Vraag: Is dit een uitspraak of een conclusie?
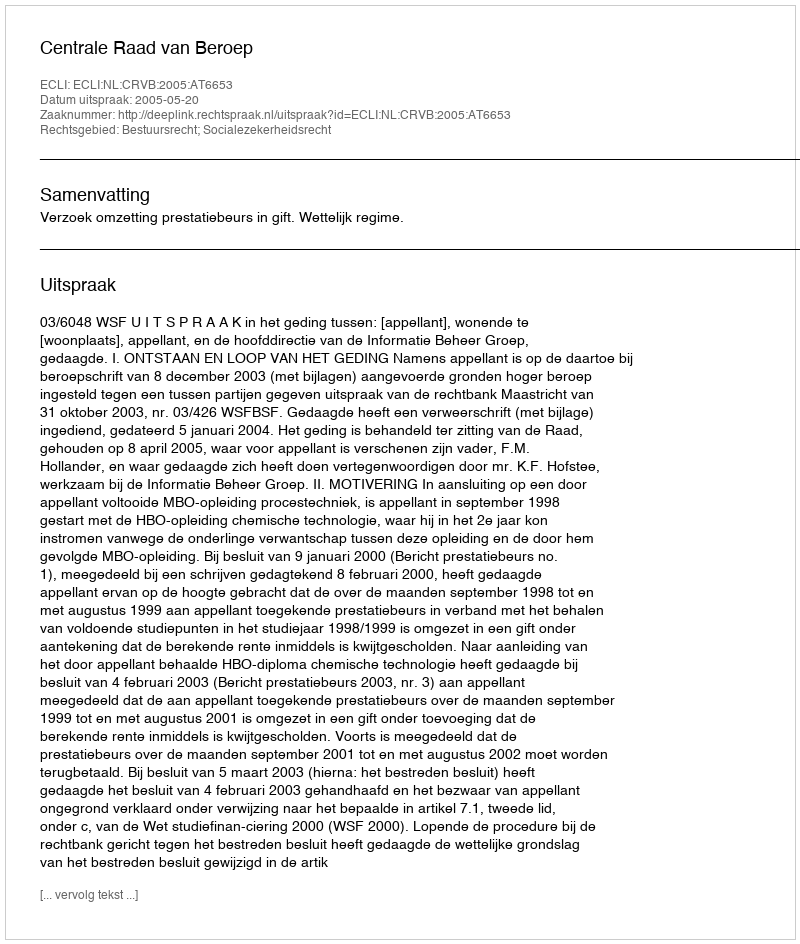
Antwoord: Uitspraak